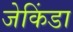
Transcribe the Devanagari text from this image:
जेकिंडा